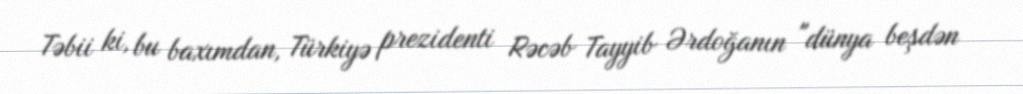
Təbii ki, bu baxımdan, Türkiyə prezidenti Rəcəb Tayyib Ərdoğanın "dünya beşdən